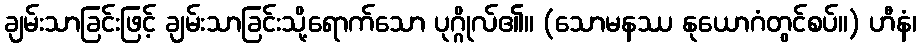
ချမ်းသာခြင်းဖြင့် ချမ်းသာခြင်းသို့ရောက်သော ပုဂ္ဂိုလ်၏။ (သောမနဿ နုယောဂံတွင်စပ်။) ဟီနံ၊